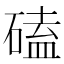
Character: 磕